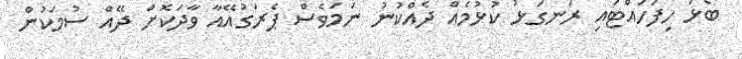
ބޯޅަ ހިފަހައްޓައި ރަނގަޅު ކުޅުމެއް ދެއްކުނު ނަމަވެސް ޕެރަގުއޭއާ ވާދަކޮށް ދޭއް ސުމަކުން